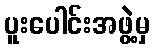
ပူးပေါင်းအဖွဲ့မှ